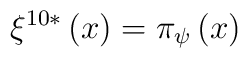
\xi ^{10*}\left( x\right) =\pi _{\psi }\left( x\right)